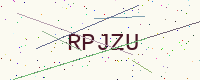
Text: RPJZU